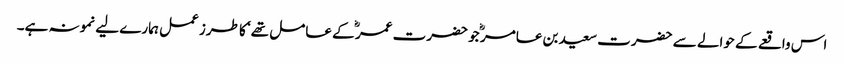
اس واقعے کے حوالے سے حضرت سعید بن عامر ؓ جو حضرت عمر ؓ کے عامل تھے‘ کا طرز عمل ہمارے لیے نمونہ ہے۔